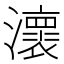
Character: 瀤